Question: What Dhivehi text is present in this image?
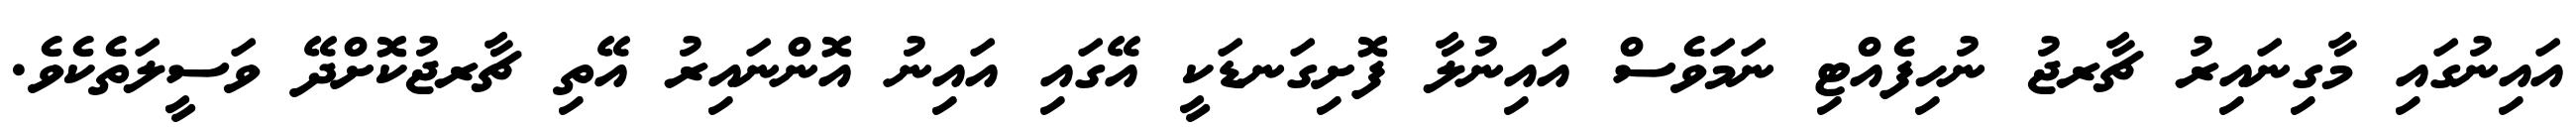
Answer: އައިނުގައި މާގިނައިރު ޗާރޖު ނުހިފެއްޓި ނަމަވެސް އައިނުލާ ފޮށިގަނޑަކީ އޭގައި އައިނު އޮންނައިރު އޭތި ޗާރޖުކޮށްދޭ ވަސީލަތެކެވެ.